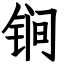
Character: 锏